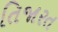
તિજારત